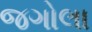
જગોલા